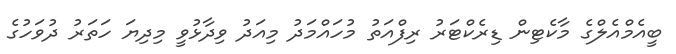
ބީއެމްއެލްގެ މާކެޓިން ޑިރެކްޓަރު ރިފްއަތު މުހައްމަދު މިއަދު ވިދާޅުވީ މިދިޔަ ހަތަރު ދުވަހުގެ